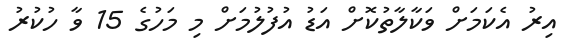
އިރު އެކަމަށް ވަކާލާތުކޮށް އަޑު އުފުލުމަށް މި މަހުގެ 15 ވާ ހުކުރު